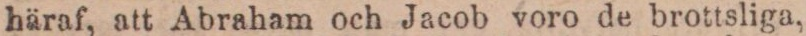
häraf, att Abraham och Jacob voro de brottsliga,